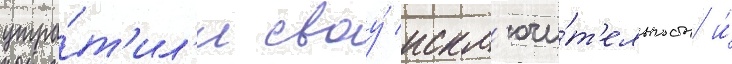
утра́т'ил'и своу́ искл'ючи́т'ельность и́